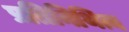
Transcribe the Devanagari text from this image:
प्रतिनिथित्व